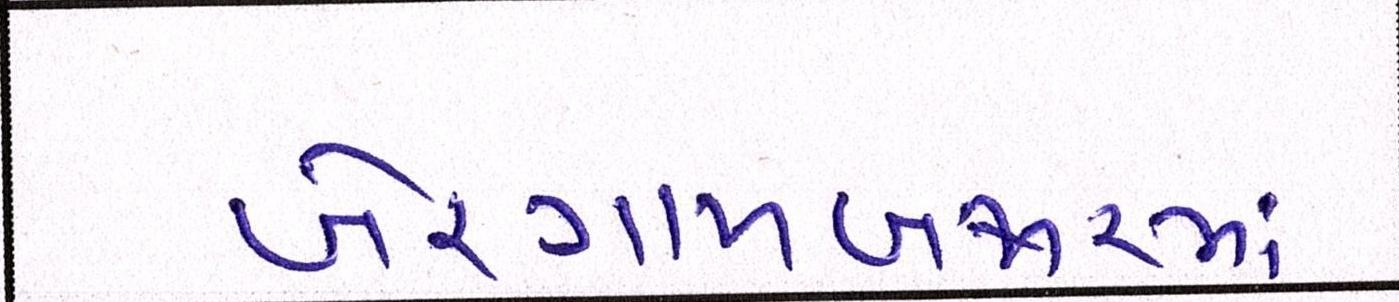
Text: ખેરગામબજારમાં